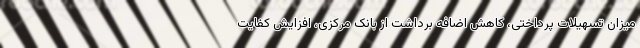
میزان تسهیلات پرداختی، کاهش اضافه برداشت از بانک مرکزی، افزایش کفایت